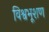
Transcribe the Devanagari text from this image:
विश्वभूशण